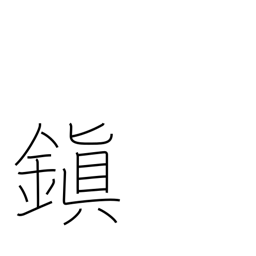
Meaning: ancient peace-preservation centers